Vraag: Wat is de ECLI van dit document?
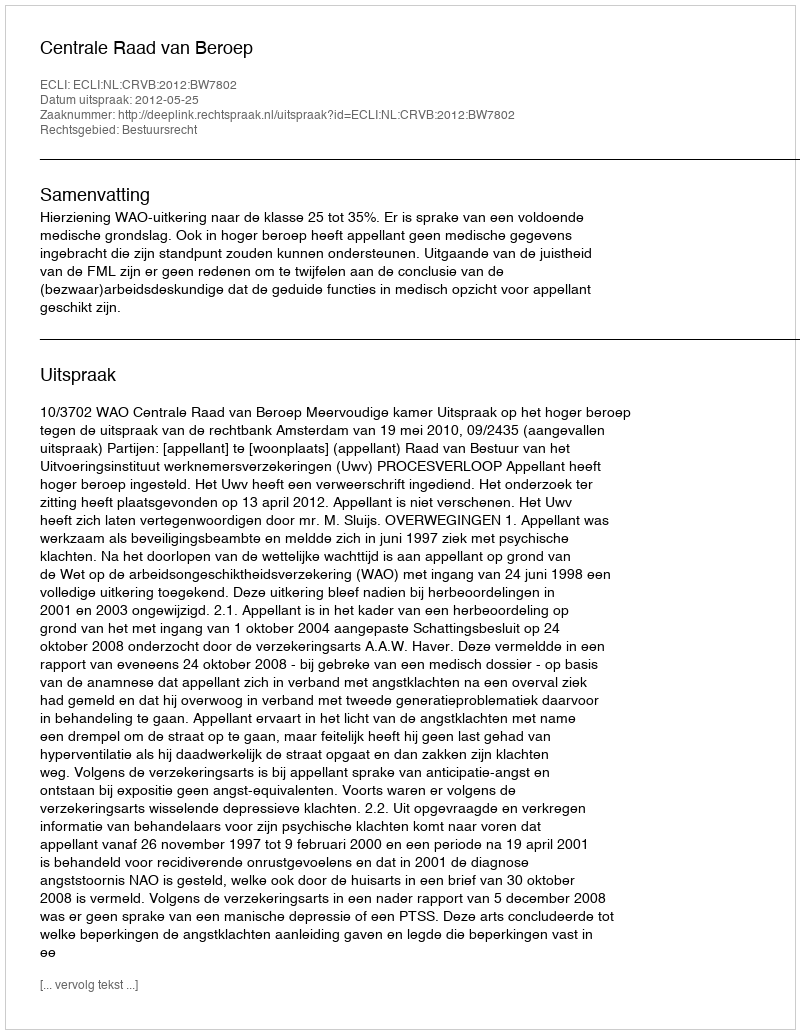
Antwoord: ECLI:NL:CRVB:2012:BW7802